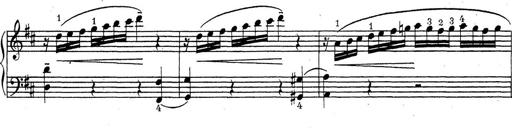
Title: ÄŒeskÃ© Sonatiny
Composer: Various